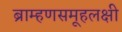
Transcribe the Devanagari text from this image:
ब्राम्हणसमूहलक्षी